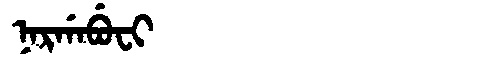
Manchu: ᠨᠠᡵᡤᠠᠪᡠᠸᡳ
Romanization: NARGABUFI